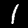
Label: 1